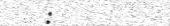
: